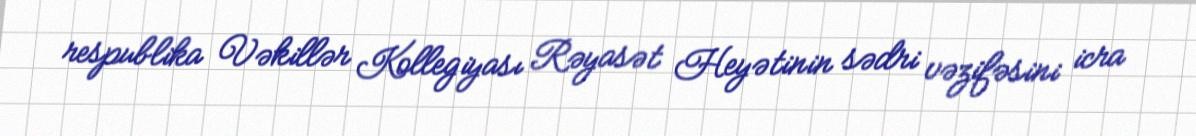
respublika Vəkillər Kollegiyası Rəyasət Heyətinin sədri vəzifəsini icra